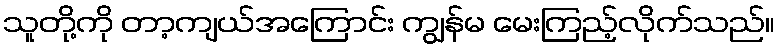
သူတို့ကို တာ့ကျယ်အကြောင်း ကျွန်မ မေးကြည့်လိုက်သည်။